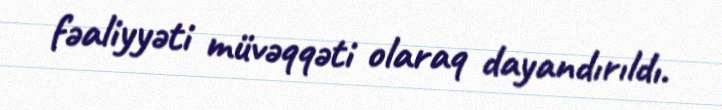
fəaliyyəti müvəqqəti olaraq dayandırıldı.